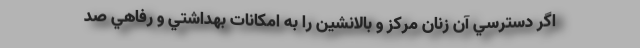
اگر دسترسي آن زنان مركز و بالانشين را به امكانات بهداشتي و رفاهي صد